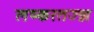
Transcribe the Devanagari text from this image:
लष्करतज्ज्ञ